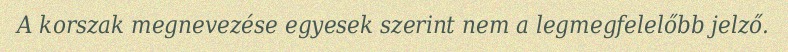
A korszak megnevezése egyesek szerint nem a legmegfelelőbb jelző.